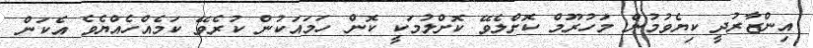
އިންޒާރުދީ ކިޔެވުމުން މަހުރޫމް ކޮށްލެވޭ ކޮށްލުމަކީ ކޮން ހަމައަކުން ކުރެވޭ ކަމެއްހެއްޔެވެ އެކަން